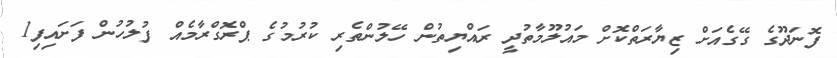
ފޮނަދޫގެ ގޭގެއަށް ޒިޔާރަތްކޮށް މައުލޫމާތުދީ ރައްޔިތުން ހޭލުންތެރި ކުރުމުގެ ޕްރޮގްރާމެއް ފުލުހުން ފަށައިފި1